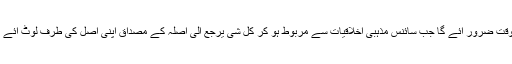
وہ وقت ضرور آئے گا جب سائنس مذہبی اخلاقیات سے مربوط ہو کر کل شی یرجع الی اصلہ کے مصداق اپنی اصل کی طرف لوٹ آئے گی۔